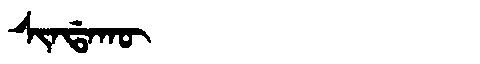
Manchu: ᠰᡳᠨᡩᠠᡴᡡ
Romanization: SINDAKŪ